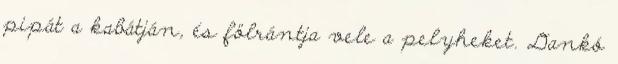
pipát a kabátján, és fölrántja vele a pelyheket. Dankó